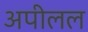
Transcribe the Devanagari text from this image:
अपीलल